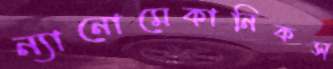
ন্যানোমেকানিকস